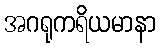
အဂရုကရိယမာနာ